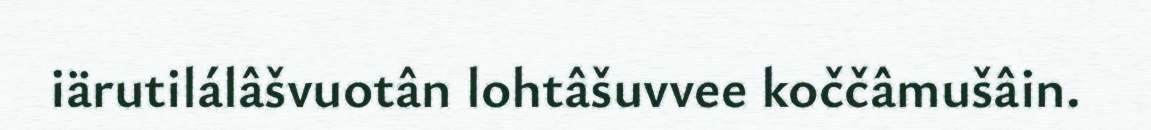
iärutilálâšvuotân lohtâšuvvee koččâmušâin.